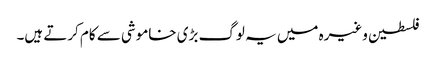
فلسطین وغیرہ میں یہ لوگ بڑی خاموشی سے کام کرتے ہیں۔